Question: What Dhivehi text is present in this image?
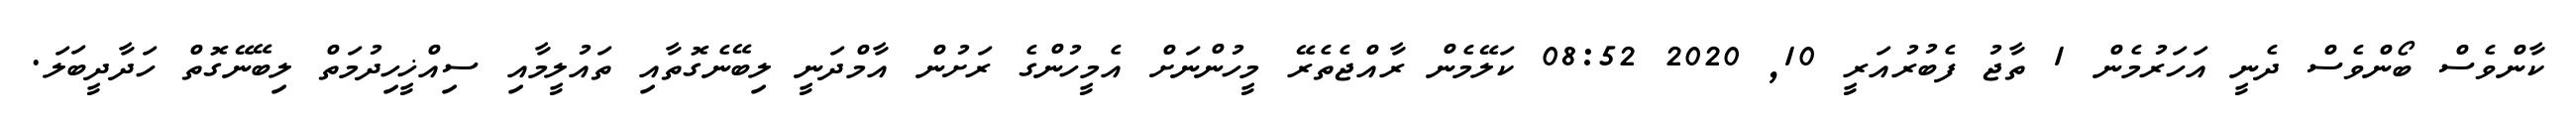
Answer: ކާންވެސް ބޯންވެސް ދެނީ އަހަރުމެން 1 ތާޖު ފެބުރުއަރީ 10, 2020 08:52 ކަލޭމެން ރާއްޖެތެރޭ މީހުންނަށް އެމީހުންގެ ރަށުން އާމްދަނީ ލިބޭނެގޮތާއި ތައުލީމާއި ސިއްޚީހިދުމަތް ލިބޭނޭގޮތް ހަދާދީބަލަ.